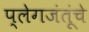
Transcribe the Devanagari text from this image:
प्लेगजंतूंचे